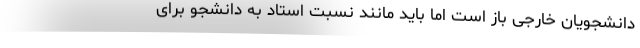
دانشجویان خارجی باز است اما باید مانند نسبت استاد به دانشجو برای